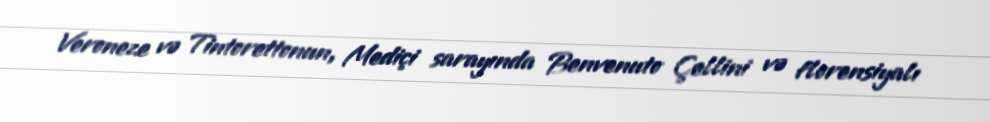
Veroneze və Tintorettonun, Mediçi sarayında Benvenuto Çellini və florensiyalı